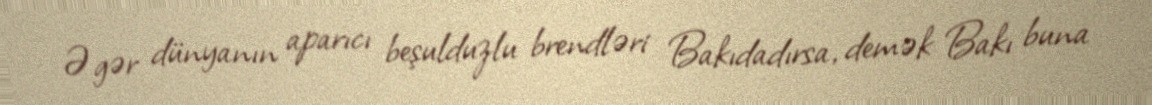
Əgər dünyanın aparıcı beşulduzlu brendləri Bakıdadırsa, demək Bakı buna